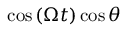
\cos { \left( \Omega t \right) } \cos { \theta }